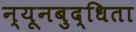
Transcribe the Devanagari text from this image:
न्यूनबुद्धिता